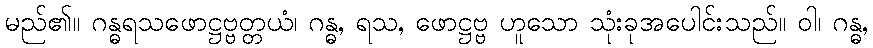
မည်၏။ ဂန္ဓရသဖောဋ္ဌဗ္ဗတ္တယံ၊ ဂန္ဓ, ရသ, ဖောဋ္ဌဗ္ဗ ဟူသော သုံးခုအပေါင်းသည်။ ဝါ၊ ဂန္ဓ,